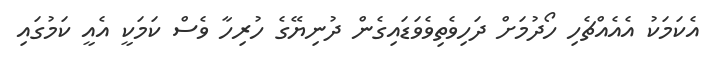
އެކަމަކު އެއެއްޗެހި ހޯދުމަށް ދަހިވެތިވެވަޑައިގެން ދުނިޔޭގެ ހުރިހާ ވެސް ކަމަކީ އެއީ ކަމުގައި